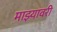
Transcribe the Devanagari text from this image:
माझ्यावरी